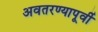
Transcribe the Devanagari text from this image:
अवतरण्यापूर्वी